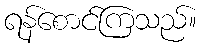
ရန်စောင်ကြသည်။